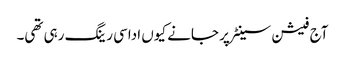
آج فیشن سینٹر پر جانے کیوں اداسی رینگ رہی تھی۔